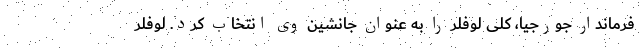
فرماندار جورجیا، کلی لوفلر را به عنوان جانشین وی انتخاب کرد. لوفلر